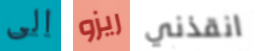
الى ريزو انقذني